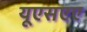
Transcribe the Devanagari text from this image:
यूएसएए